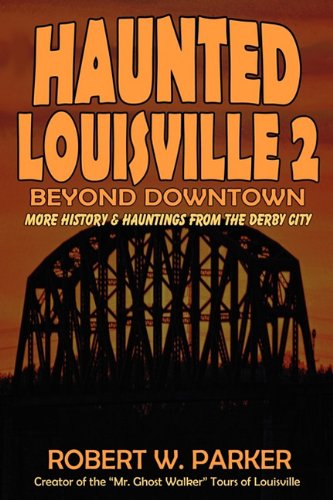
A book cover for Haunted Louisville 2: Beyond Downtown; Robert W Parker; Travel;